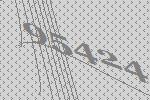
95424